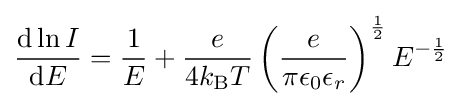
{\frac {\mathrm {d} \ln I}{\mathrm {d} E}}={\frac {1}{E}}+{\frac {e}{4k_{\text{B}}T}}\left({\frac {e}{\pi \epsilon _{0}\epsilon _{r}}}\right)^{\frac {1}{2}}E^{-{\frac {1}{2}}}